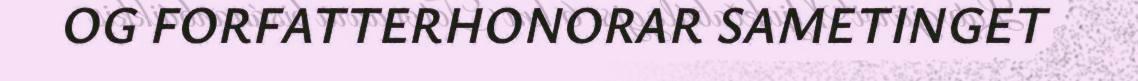
OG FORFATTERHONORAR SAMETINGET